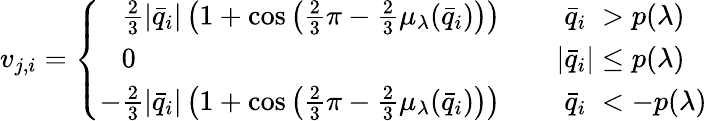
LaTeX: \begin{array}{r}{v_{j,i}=\left\{ \begin{array}{ll}{\phantom{-}\frac 23|\bar{q}_{i}|\left(1+\cos\left(\frac 23\pi-\frac 23\mu_{\lambda}(\bar{q}_{i})\right)\right)}&{\quad\phantom{|}\bar{q}_{i}\phantom{|}>p(\lambda)}\\ {\phantom{-}0}&{\quad|\bar{q}_{i}|\leq p(\lambda)}\\ {-\frac 23|\bar{q}_{i}|\left(1+\cos\left(\frac 23\pi-\frac 23\mu_{\lambda}(\bar{q}_{i})\right)\right)}&{\quad\phantom{|}\bar{q}_{i}\phantom{|}<-p(\lambda)}\end{array}\right.}\end{array}